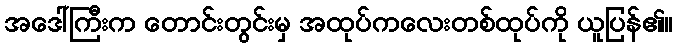
အဒေါ်ကြီးက တောင်းတွင်းမှ အထုပ်ကလေးတစ်ထုပ်ကို ယူပြန်၏။